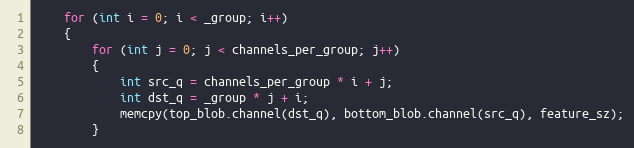
Language: C++
    for (int i = 0; i < _group; i++)
    {
        for (int j = 0; j < channels_per_group; j++)
        {
            int src_q = channels_per_group * i + j;
            int dst_q = _group * j + i;
            memcpy(top_blob.channel(dst_q), bottom_blob.channel(src_q), feature_sz);
        }